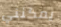
يمكنني